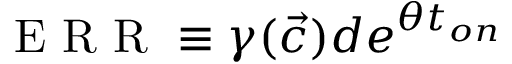
\mathrm { ~ E ~ R ~ R ~ } \equiv \gamma ( \vec { c } ) d e ^ { \theta t _ { o n } }